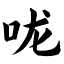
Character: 咙